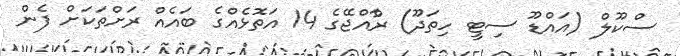
ސްކޫލް (އައްޑޫ ސިޓީ ހިތަދޫ) ރާްއްޖޭގެ 14 އަތޮޅެއްގެ ބައެއް ރަށްތަކަށް ފެން